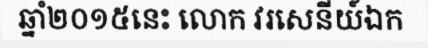
ឆ្នាំ២០១៥នេះ លោក វរសេនីយ៍ឯក